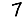
Digit: 7